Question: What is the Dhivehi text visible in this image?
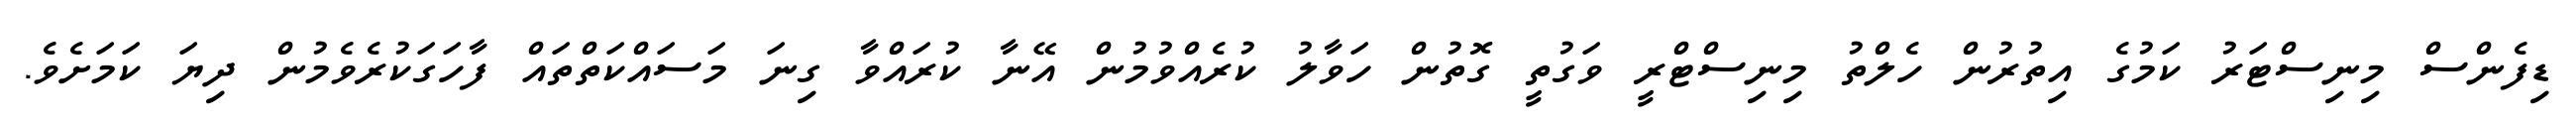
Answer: ޑިފެންސް މިނިސްޓަރު ކަމުގެ އިތުރުން ހެލްތު މިނިސްޓްރީ ވަގުތީ ގޮތުން ހަވާލު ކުރެއްވުމުން އޭނާ ކުރައްވާ ގިނަ މަސައްކަތްތައް ފާހަގަކުރެވެމުން ދިޔަ ކަމަށެވެ.